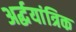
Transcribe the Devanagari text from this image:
अर्द्धयांत्रिक